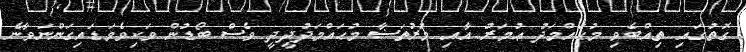
ގޮތުގައި ތިއްބެވި މުޙައްމަދު ޢުމަރު އާއި މުރުތަޟާ މުޙައްމަދުދީދީ ވެސް ބޯޑުން ވަކިވެވަޑައިގަންނަވާނެ